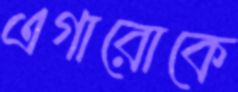
এগারোকে